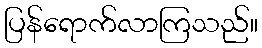
ပြန်ရောက်လာကြသည်။